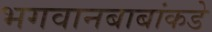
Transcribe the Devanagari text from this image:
भगवानबाबांकडे